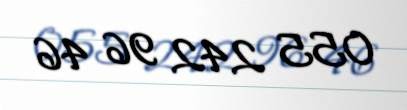
055 242 96 46